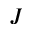
J